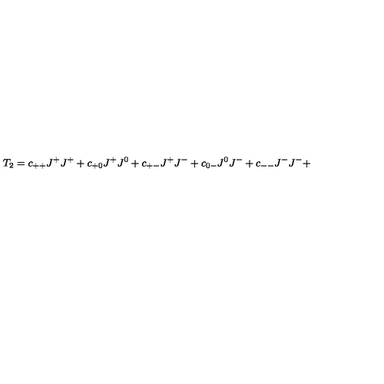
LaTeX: T _ { 2 } = c _ { + + } J ^ { + } J ^ { + } + c _ { + 0 } J ^ { + } J ^ { 0 } + c _ { + - } J ^ { + } J ^ { - } + c _ { 0 - } J ^ { 0 } J ^ { - } + c _ { -- } J ^ { - } J ^ { - } +